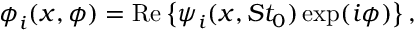
\boldsymbol { \phi } _ { i } ( \boldsymbol { x } , \phi ) = \mathrm { R e } \left\{ \boldsymbol { \psi } _ { i } ( \boldsymbol { x } , S t _ { 0 } ) \exp ( i \phi ) \right\} ,